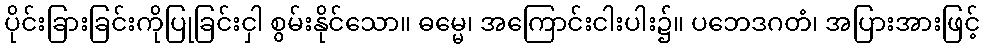
ပိုင်းခြားခြင်းကိုပြုခြင်းငှါ စွမ်းနိုင်သော။ ဓမ္မေ၊ အကြောင်းငါးပါး၌။ ပဘေဒဂတံ၊ အပြားအားဖြင့်